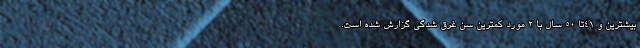
بیشترین و 41تا 50 سال با 2 مورد کمترین سن غرق شدگی گزارش شده است.